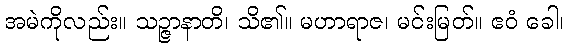
အမဲကိုလည်း။ သဉ္ဇာနာတိ၊ သိ၏။ မဟာရာဇ၊ မင်းမြတ်။ ဧဝံ ခေါ၊